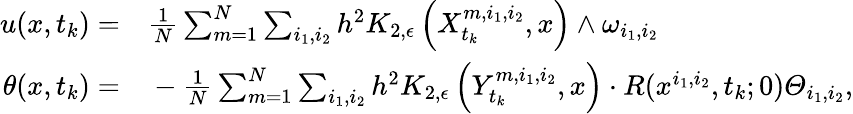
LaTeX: \begin{array}{rl}{u(x,t_{k})=}&{{}\frac{1}{N}\sum_{m=1}^{N}\sum_{i_{1},i_{2}}h^{2}K_{2,\epsilon}\left(X_{t_{k}}^{m,i_{1},i_{2}},x\right)\wedge\omega_{i_{1},i_{2}}}\\ {\theta(x,t_{k})=}&{{}-\frac{1}{N}\sum_{m=1}^{N}\sum_{i_{1},i_{2}}h^{2}K_{2,\epsilon}\left(Y_{t_{k}}^{m,i_{1},i_{2}},x\right)\cdot R(x^{i_{1},i_{2}},t_{k};0)\varTheta_{i_{1},i_{2}},}\end{array}